Manual of the Civil Veterinary Department, Central Provinces and Berar
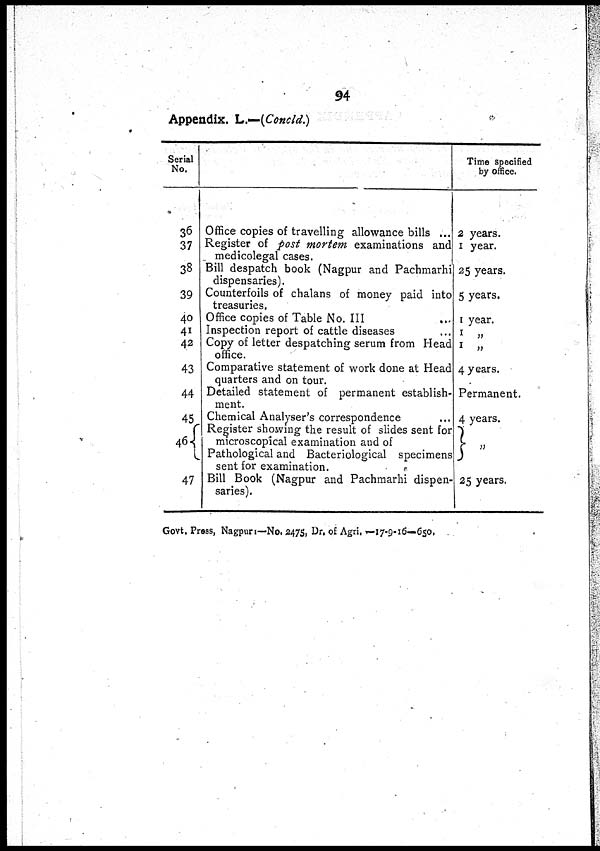
94
Appendix. L.—(Concld.)
Serial
No.
36
37
38
39
40
41
42
43
44
45
46
47
Office copies of travelling allowance bills ...
Register of post mortem examinations and
medicolegal cases.
Bill despatch book (Nagpur and Pachmarhi
dispensaries).
Counterfoils of chalans of money paid into
treasuries.
Office copies of Table No. III ...
Inspection report of cattle diseases ...
Copy of letter despatching serum from Head
office.
Comparative statement of work done at Head
quarters and on tour.
Detailed statement of permanent establish-
ment.
Chemical Analyser's correspondence ...
Register showing the result of slides sent for
microscopical examination and of
Pathological and Bacteriological specimens
sent for examination.
Bill Book (Nagpur and Pachmarhi dispen-
saries).
Time specified
by office.
2 years.
1 year.
25 years.
5 years.
1 year.
1 „
1 „
4 years.
Permanent.
4 years.
„
25 years,
Govt. Press, Nagpur:—No. 2475, Dr. of Agri,—17-9-16—650.